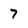
Character: 7